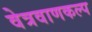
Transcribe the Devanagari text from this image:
वेत्रवाणकल्प